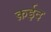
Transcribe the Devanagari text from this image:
क़ईद